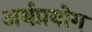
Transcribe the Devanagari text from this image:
अर्थप्रयोग